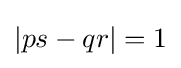
|ps-qr|=1